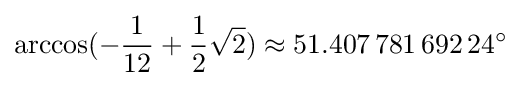
\arccos(-{\frac {1}{12}}+{\frac {1}{2}}{\sqrt {2}})\approx 51.407\,781\,692\,24^{\circ }